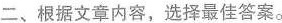
二、根据文章内容,选择最佳答案.